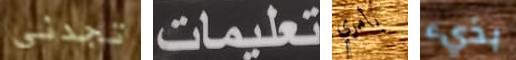
تجدني تعليمات بأمري بذيء